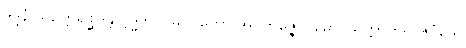
ဒုဒ္ဒိနံ သဥတ္တရစ္ဆဒန္တိ ဗုဒ္ဓဘာဝမုပဂတော အဝကုဇ္ဇောပမော ဩက္ကာကရာဇဝံသေ